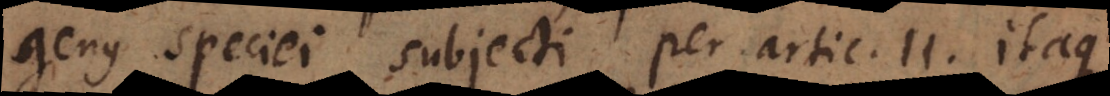
genus speciei subjecti per artic. 11. Itaque